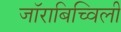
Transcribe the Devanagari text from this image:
जॉराबिच्विली